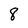
Character: 8